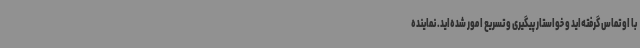
با او تماس گرفته‌اید و خواستار پیگیری و تسریع امور شده‌اید. نماینده